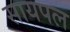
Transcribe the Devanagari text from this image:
सायपल